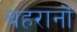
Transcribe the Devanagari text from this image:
बहरानों